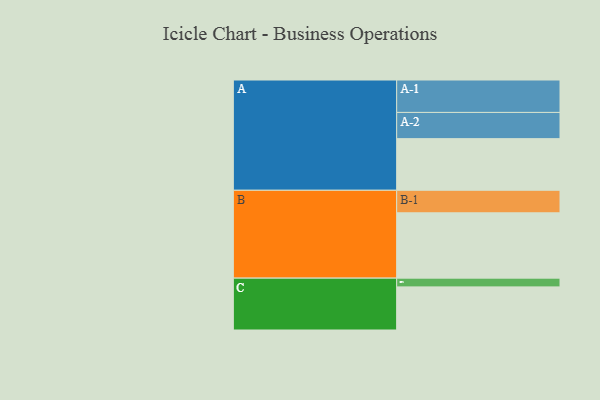
{"axis": {"x": "Segment", "y": "Value"}, "legend": ["", "A", "B", "C"], "data": [{"x": "A", "y": 449, "type": ""}, {"x": "B", "y": 568, "type": ""}, {"x": "C", "y": 375, "type": ""}, {"x": "A-1", "y": 282, "type": "A"}, {"x": "A-2", "y": 228, "type": "A"}, {"x": "B-1", "y": 196, "type": "B"}, {"x": "C-1", "y": 76, "type": "C"}]}